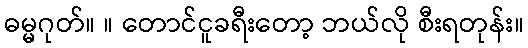
ဓမ္မဂုတ်။ ။ တောင်ငူခရီးတော့ ဘယ်လို စီးရတုန်း။